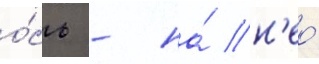
о́сь - на́ н'ео́